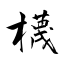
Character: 櫗